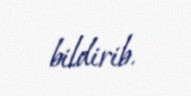
bildirib.